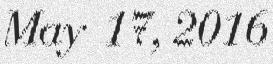
May 17, 2016